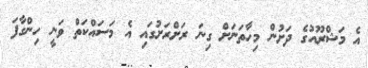
އެ މަޝްރޫއުގެ ދަށުން މިހާތަނަށް ގިނަ ރަށްރަށުގައި އެ މަސައްކަތް ވަނީ ހިންގާފަ